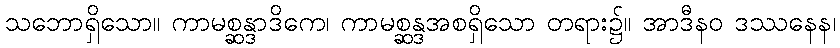
သဘောရှိသော။ ကာမစ္ဆန္ဒာဒိကေ၊ ကာမစ္ဆန္ဒအစရှိသော တရား၌။ အာဒီနဝ ဒဿနေန၊